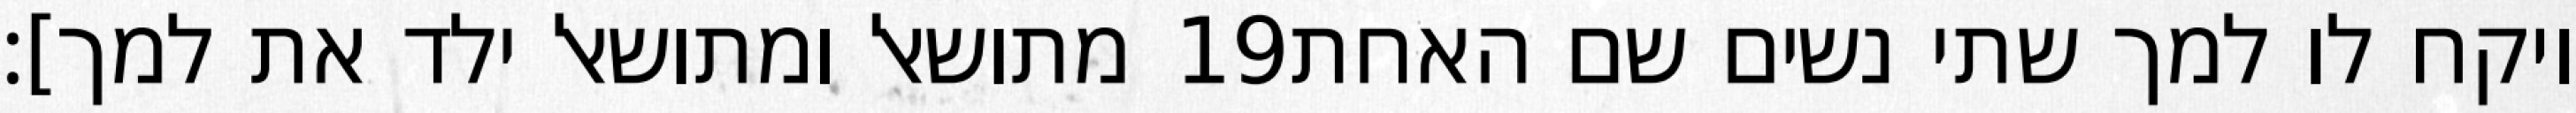
מתושאל ומתושאל ילד את למך]׃ ‎19‏ ויקח לו למך שתי נשים שם האחת